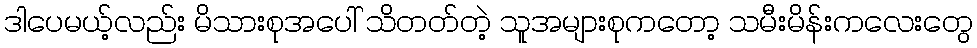
ဒါပေမယ့်လည်း မိသားစုအပေါ် သိတတ်တဲ့ သူအများစုကတော့ သမီးမိန်းကလေးတွေ